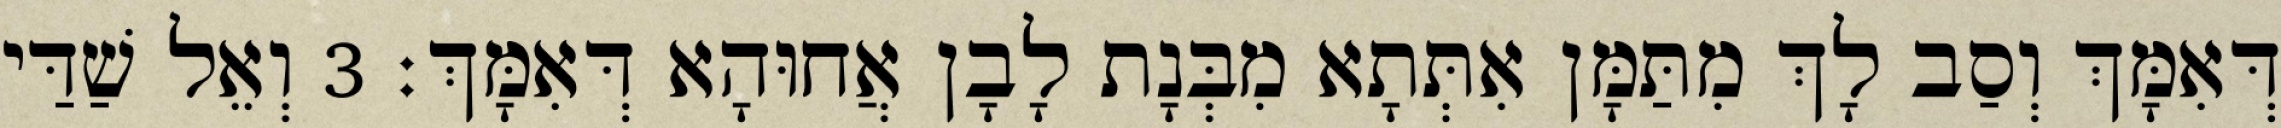
דְּאִמָּךְ וְסַב לָךְ מִתַּמָּן אִתְּתָא מִבְּנָת לָבָן אֲחוּהָא דְּאִמָּךְ׃ 3 וְאֵל שַׁדַּי